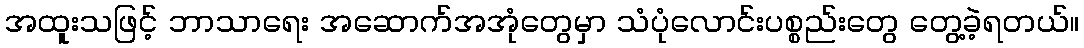
အထူးသဖြင့် ဘာသာရေး အဆောက်အအုံတွေမှာ သံပုံလောင်းပစ္စည်းတွေ တွေ့ခဲ့ရတယ်။